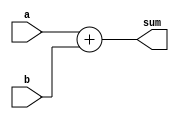
module adder_df(sum, a, b);
    input [63:0]a;
    input [64:0]b;
    output [64:0]sum;
    assign sum = {1'd0,a} + b;
endmodule